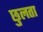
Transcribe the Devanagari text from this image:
छुलता